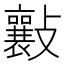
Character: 𣀮